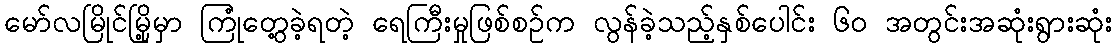
မော်လမြိုင်မြို့မှာ ကြုံတွေ့ခဲ့ရတဲ့ ရေကြီးမှုဖြစ်စဉ်က လွန်ခဲ့သည့်နှစ်ပေါင်း ၆၀ အတွင်းအဆုံးရွားဆုံး